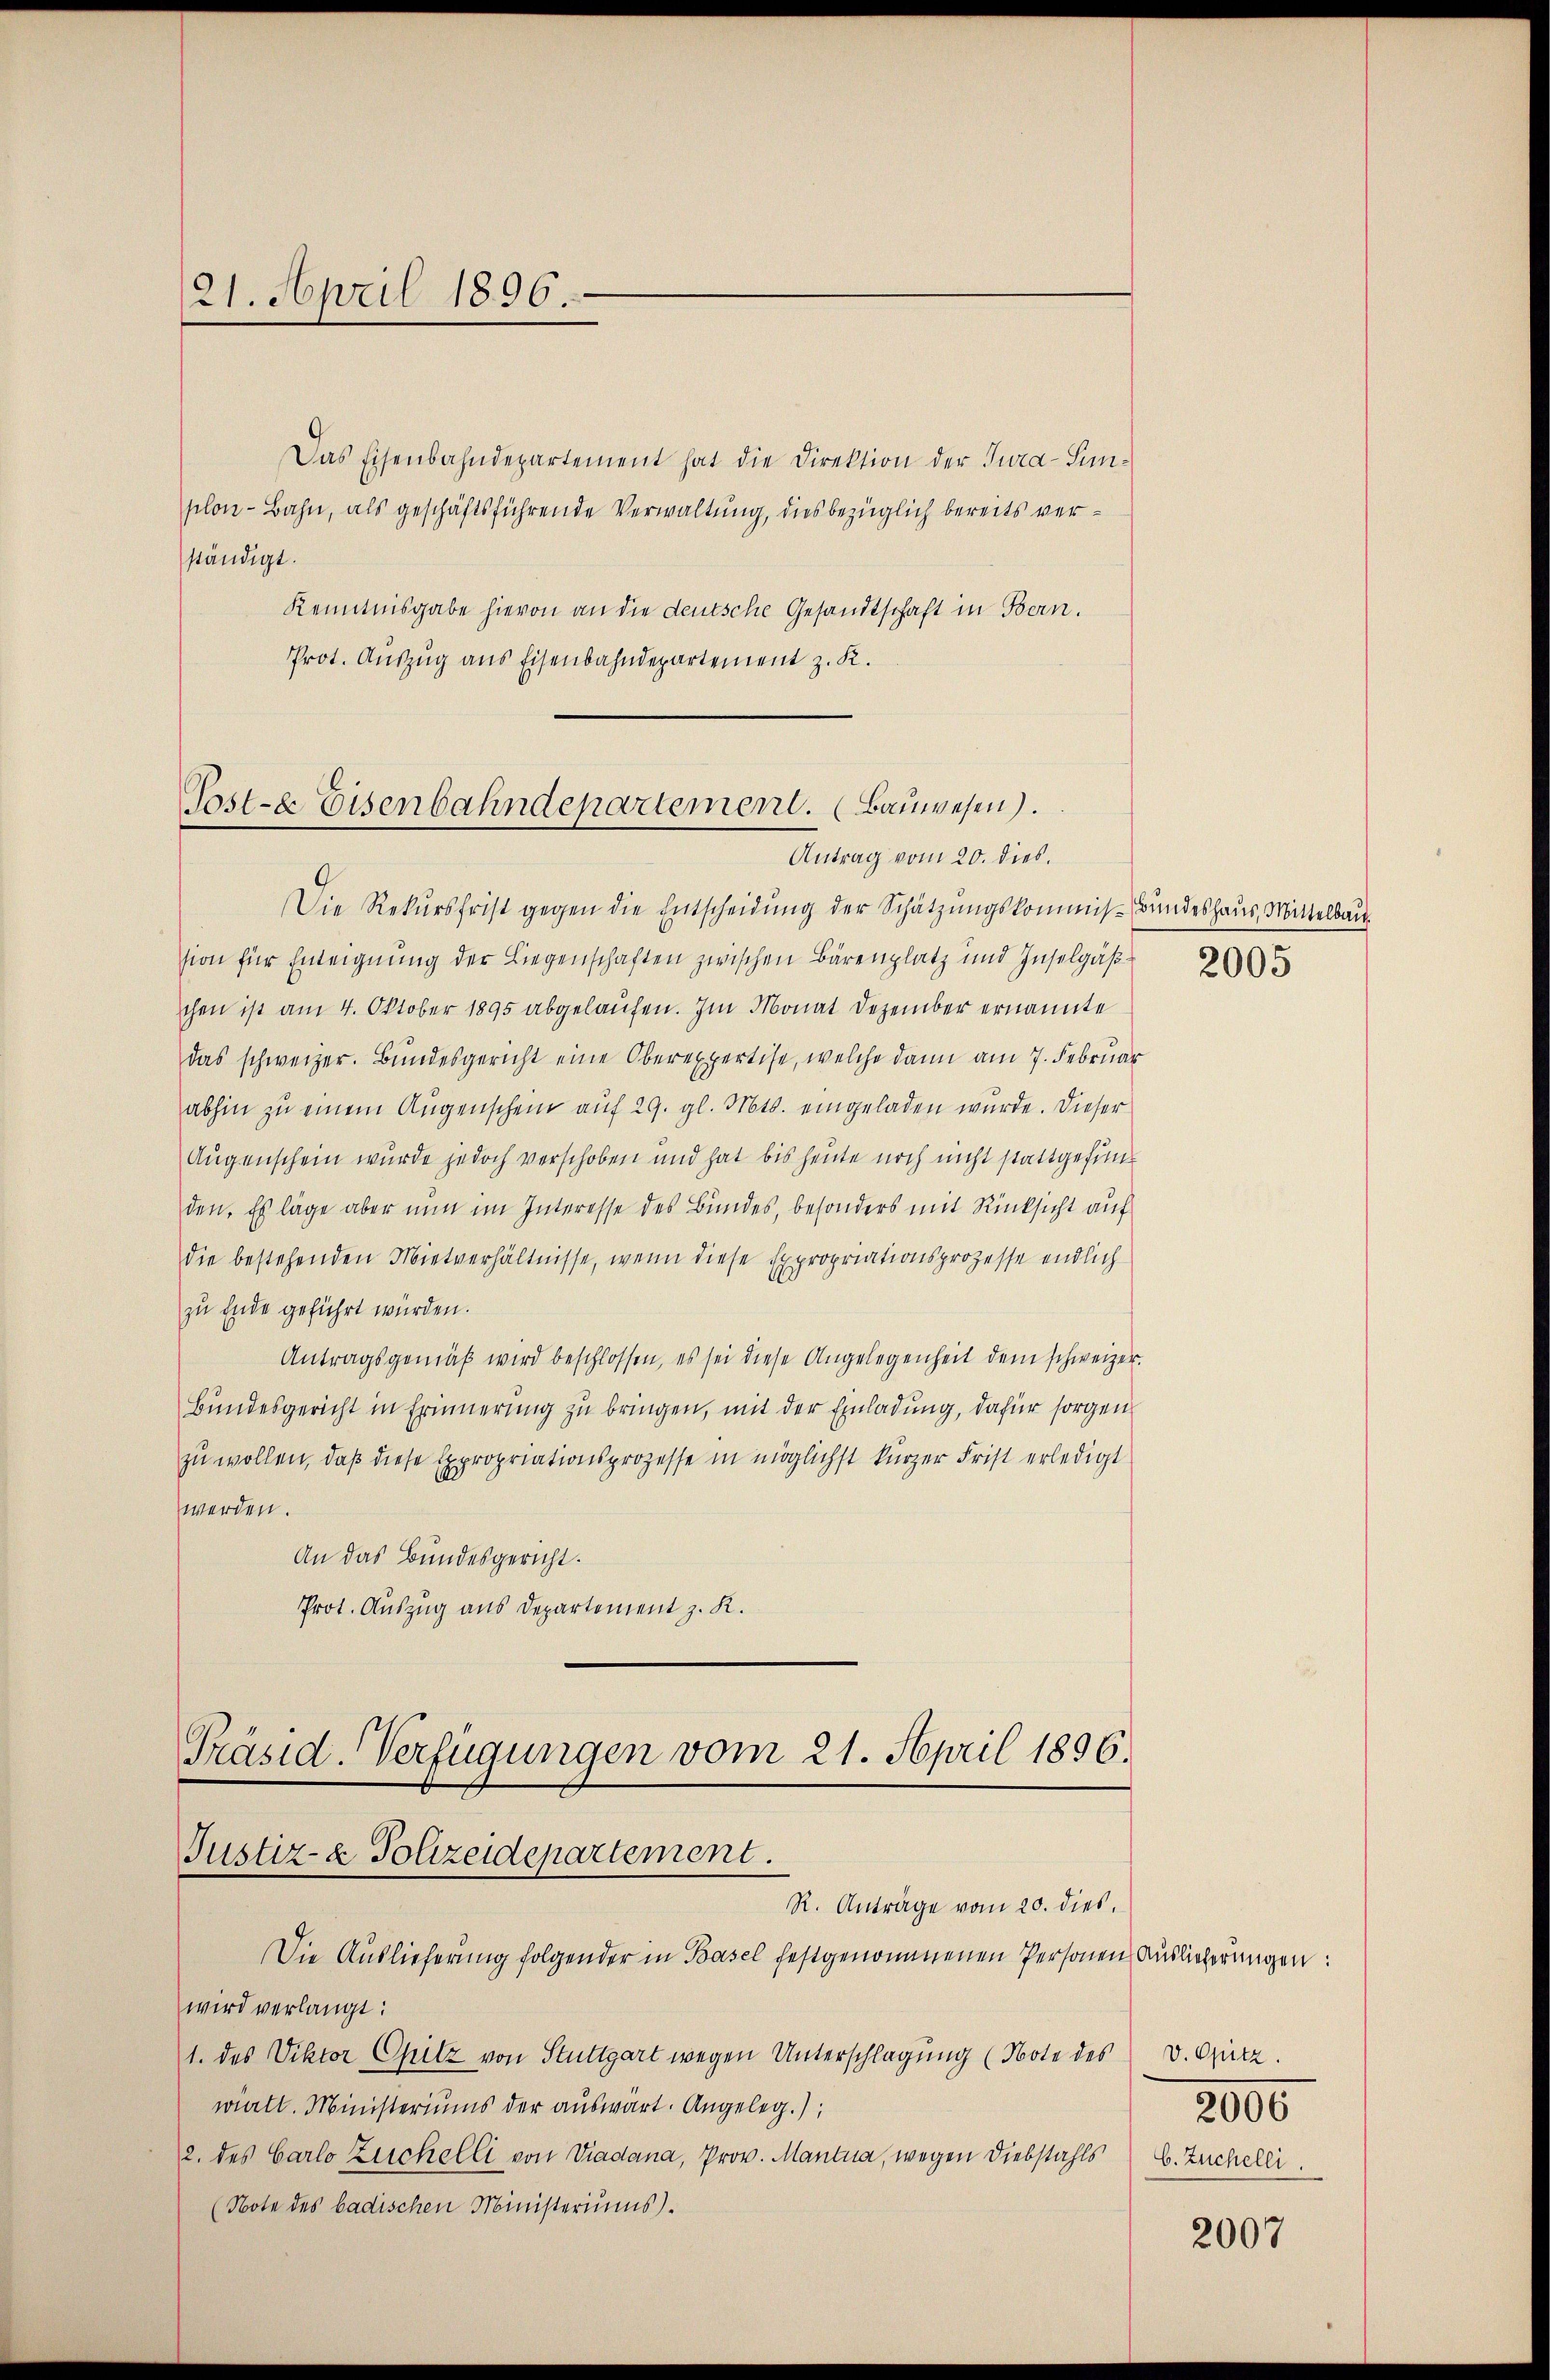
21. April 1896.

Das Eisenbahndepartement hat die Direktion der Jura-Sunplon-Bahn, als geschäftsführende Verwaltung, dies bezüglich bereits verständigt.
Kenntnisgabe hievon an die deutsche Gesandtschaft in Bern.
Prot. Auszug aus Eisenbahndepartement z. K.

Poste Eisenbahndepartement. (Bauwesen).
Antrag vom 20. dies.

Die Rekŭrsfrist gegen die Entscheidŭng der Schätzungskommis-Bundeshaus, Mittelbau
sion für Enteignung der Liegenschaften zwischen Bärenplatz und Inselgäßchen ist am 4. Oktober 1895 abgelaufen. Im Monat Dezember ernannte
das schweizer. Bŭndesgericht eine Oberexpertise, welche dann am 7. Februar
abhin zu einem Augenschein auf 29. gl. Mts. eingeladen wurde. Dieser
Augenschein wurde jedoch verschoben und hat bis heute noch nicht stattgefunden. Es läge aber nun im Interesse des Bundes, besonders mit Rücksicht auf
die bestehenden Mietverhältnisse, wenn diese Expropriationsprozesse endlich
zu Ende geführt würden.
Antragsgemäβ wird beschlossen, es sei diese Angelegenheit dem schweizer.
Bundesgericht in Erinnerung zu bringen, mit der Einladung, dafür sorgen
zu wollen, daß diese Expropriationsprozesse in möglichst kürzer Frist erledigt
werden.
An das Bundesgericht.
Prot. Auszug aus Departement z. K.
Präsid. Verfügungen vom 21. April 1896.

Justiz- & Polizeidepartement.
R. Anträge vom 20. dies

Die Auslieferung folgender in Basel festgenommenen Personen Auslieferungen:
wird verlangt:
1. des Viktor Chitz von Stuttgart wegen Unterschlagung (Note des v. Spitz.
wiett. Ministeriums der auswärt. Angeleg.);
2. des Carlo Zuchelli von Viadana, Prov. Mantua, wegen Diebstahls
(Note des badischen Ministeriums.

2005

2006
b. Zuchelli

2007